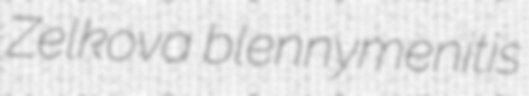
Zelkova blennymenitis